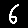
Digit: 6